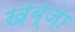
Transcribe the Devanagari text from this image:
ख़ब्ज़ा